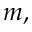
m ,